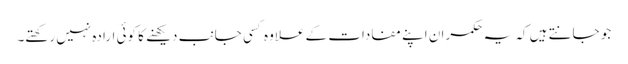
جو جانتے ہیں کہ یہ حکمران اپنے مفادات کے علاوہ کسی جانب دیکھنے کا کوئی ارادہ نہیں رکھتے۔